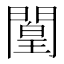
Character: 𲈮